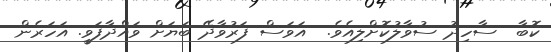
ކޮބާ  ސާހިދު ސުވާލުކޮށްލިއެވެ.  އަވަސް ފަރުވާދޭ ބަޔަށް ވައްދާފަވީ. އަހަރެން